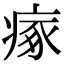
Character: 瘃